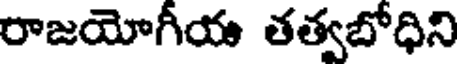
రాజయోగీయ తత్వబోధిని